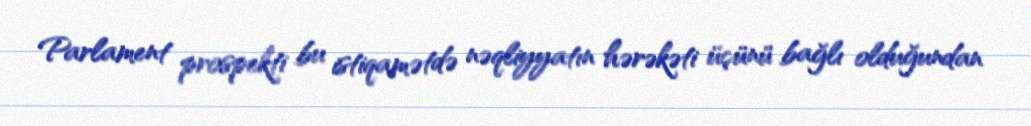
Parlament prospekti bu istiqamətdə nəqliyyatın hərəkəti üçünü bağlı olduğundan